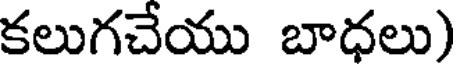
కలుగచేయు బాధలు)